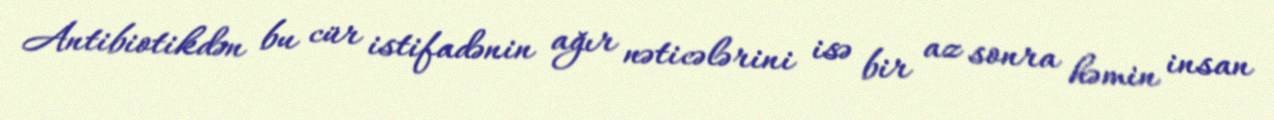
Antibiotikdən bu cür istifadənin ağır nəticələrini isə bir az sonra həmin insan